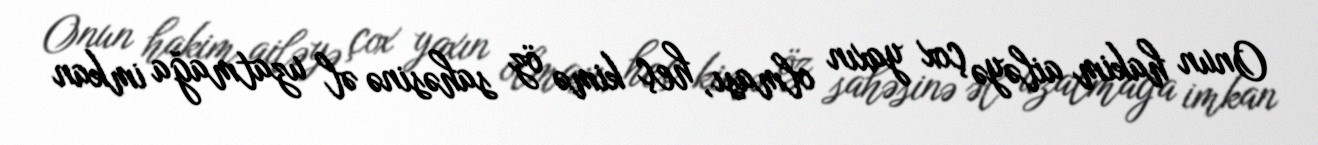
Onun hakim ailəyə çox yaxın olması, heç kimə öz sahəsinə əl uzatmağa imkan